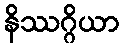
နိဿဂ္ဂိယာ